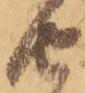
由